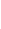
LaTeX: \! \! \! \! \! \! \! \! \! \! \! \Gamma\! \! \! \! \! \! \! \! \! \! \! \! =\! \! \! \! \! \! \! \! \! \! \! \! \{ A\! \! \! \! \! \! \! \! \! \! \! \! (\! \! \! \! \! \! \! \! \! \! \! \! \mathbf{x}\! \! \! \! \! \! \! \! \! \! \! \! )\! \! \! \! \! \! \! \! \! \! \! \! ,\! \! \! \! \! \! \! \! \! \! \! \! ,\! \! \! \! \! \! \! \! \! \! \! \! \! \! \! \! \! \! \! \! \! \! \! \! \mathbf{x}\! \! \! \! \! \! \! \! \! \! \! \! \in\! \! \! \! \! \! \! \! \! \! \! \! \! \! \! \! \! \! \! \! \! \! \! \! \partial\! \! \! \! \! \! \! \! \! \! \! \! B\! \! \! \! \! \! \! \! \! \! \! \! \} \! \! \! \! \! \! \! \! \! \! \! \! .\! \! \! \! \! \! \! \! \! \! \!